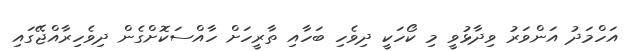
އަހްމަދު އަންވަރު ވިދާޅުވީ މި ކޯހަކީ ދިވެހި ބަހާއި ތާރީހަށް ހާއްސަކޮށްގެން ދިވެހިރާއްޖޭގައި